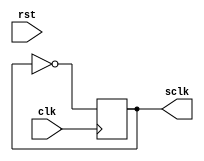
module SlowClockDivider(input clk, rst, output reg sclk);

initial begin
    sclk = 0;
end

always@ (posedge clk) begin
    sclk = !sclk;
end

endmodule